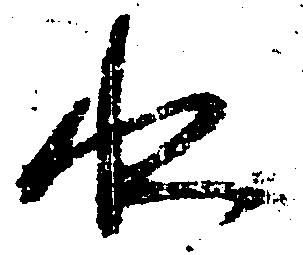
水